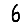
Digit: 6